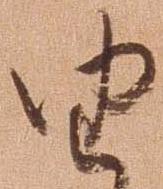
由